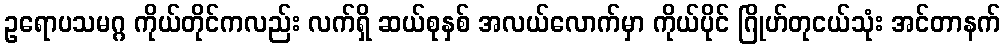
ဥရောပသမဂ္ဂ ကိုယ်တိုင်ကလည်း လက်ရှိ ဆယ်စုနှစ် အလယ်လောက်မှာ ကိုယ်ပိုင် ဂြိုဟ်တုငယ်သုံး အင်တာနက်